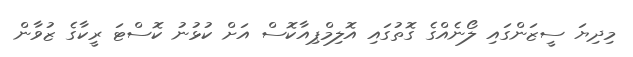
މިދިޔަ ސީޒަންގައި ލޯނެއްގެ ގޮތުގައި އޮލިމްޕިއާކޮސް އަށް ކުޅުނު ކޮސްޓަ ރީކާގެ ޒުވާން